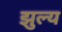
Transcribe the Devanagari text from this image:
झुल्य